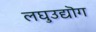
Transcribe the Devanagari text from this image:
लघुउद्यॊग